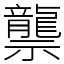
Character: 龒